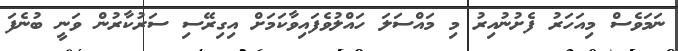
ނަމަވެސް މިއަހަރު ފެށުނުއިރު މި މައްސަލަ ހައްލުވެފައިވާކަމަށް އިގިރޭސި ސަރުކާރުން ވަނީ ބުނެފަ